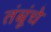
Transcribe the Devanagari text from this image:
तंबूंचे